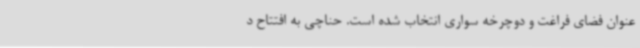
عنوان فضای فراغت و دوچرخه سواری انتخاب شده است. حناچی به افتتاح د